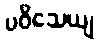
ပဝိသေယျ